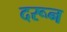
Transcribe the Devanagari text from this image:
दरून